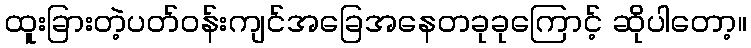
ထူးခြားတဲ့ပတ်ဝန်းကျင်အခြေအနေတခုခုကြောင့် ဆိုပါတော့။